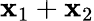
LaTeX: \mathbf{x}_{1}+\mathbf{x}_{2}